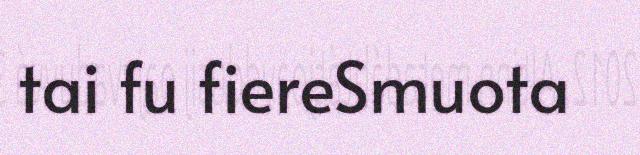
tai fu fiereSmuota